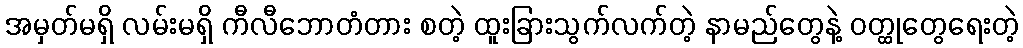
အမှတ်မရှိ လမ်းမရှိ ကီလီဘောတံတား စတဲ့ ထူးခြားသွက်လက်တဲ့ နာမည်တွေနဲ့ ဝတ္ထုတွေရေးတဲ့